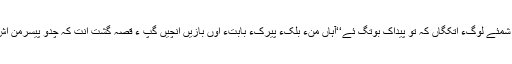
ما ہما وہدی ہم شمئے لوگءَ اتکگاں کہ تو پیداک بوتگ ئے‘‘آہاں منءَ بلّکءُ پیرکءِ بابتءَ اوں بازیں انچیں گپّ ءُ قصّہ گُشت اَنت کہ چدو پیسرمن اِش نہ کتگ اِتاں۔